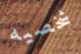
شخصيه